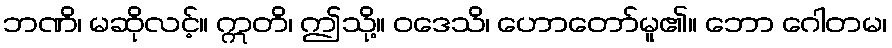
ဘဏိ၊ မဆိုလင့်။ ဣတိ၊ ဤသို့။ ဝဒေသိ၊ ဟောတော်မူ၏။ ဘော ဂေါတမ၊